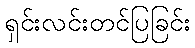
ရှင်းလင်းတင်ပြခြင်း